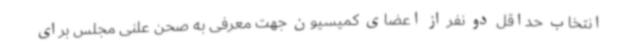
انتخاب حداقل دو نفر از اعضای کمیسیون جهت معرفی به صحن علنی مجلس برای